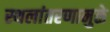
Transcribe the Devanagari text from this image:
स्थलांतरणामुळे